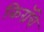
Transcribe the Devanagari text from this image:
किग्रॅचे